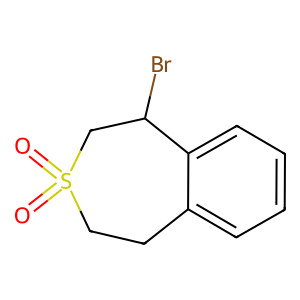
SMILES: O=S1(=O)CCc2ccccc2C(Br)C1
Inhibits HIV replication: No